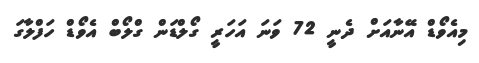
މިއެވޯޑް އޭނާއަށް ދެނީ 72 ވަނަ އަހަރީ ގޯލްޑަން ގްލޯބް އެވޯޑް ހަފްލާގަ